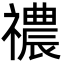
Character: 禯